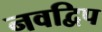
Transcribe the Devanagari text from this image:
नवद्विप